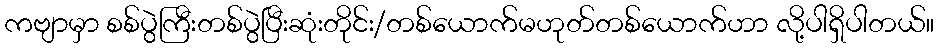
ကဗျာမှာ စစ်ပွဲကြီးတစ်ပွဲပြီးဆုံးတိုင်း/တစ်ယောက်မဟုတ်တစ်ယောက်ဟာ လို့ပါရှိပါတယ်။